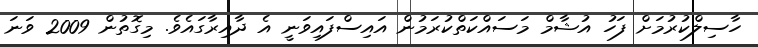
ހާސިލްކުރުމަށް ފަހު އުޝާމް މަސައްކަތްކުރަމުން އައިސްފައިވަނީ އެ ދާއިރާގައެވެ. މިގޮތުން 2009 ވަނަ